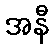
အနီ